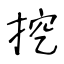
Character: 挖